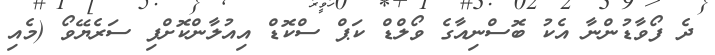
ދެ ފޯވާޑުންނާ އެކު ބޮސްނިއާގެ ވޯލްޑް ކަޕް ސްކޮޑް އިއުލާންކޮށްފި ސަރެޔޭވޯ (މެއި